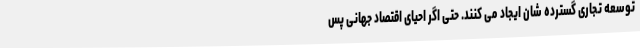
توسعه تجاری گسترده شان ایجاد می کنند. حتی اگر احیای اقتصاد جهانی پس